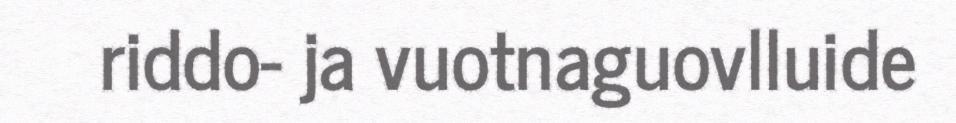
riddo- ja vuotnaguovlluide